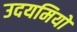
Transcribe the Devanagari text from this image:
उदयमियों